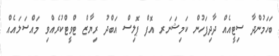
ބަހަމުންދާ ސިޓީއެއް ދާދިފަހުން ކަމިޝަނަރ އޮފް ޕޮލިސް އަބްދު ރިޔާޒް ޓްވީޓްކުރެއްވި މައްސަލައެއް